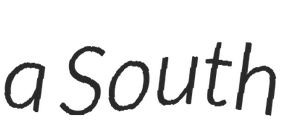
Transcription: a South